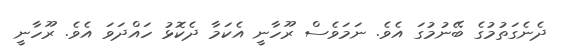
ދެނެގަތުމުގެ ބޭނުމުގަ އެވެ. ނަމަވެސް ރޫހާނީ އެކަމާ ދެކޮޅު ހައްދަވަ އެވެ. ރޫހާނީ